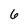
Character: 6